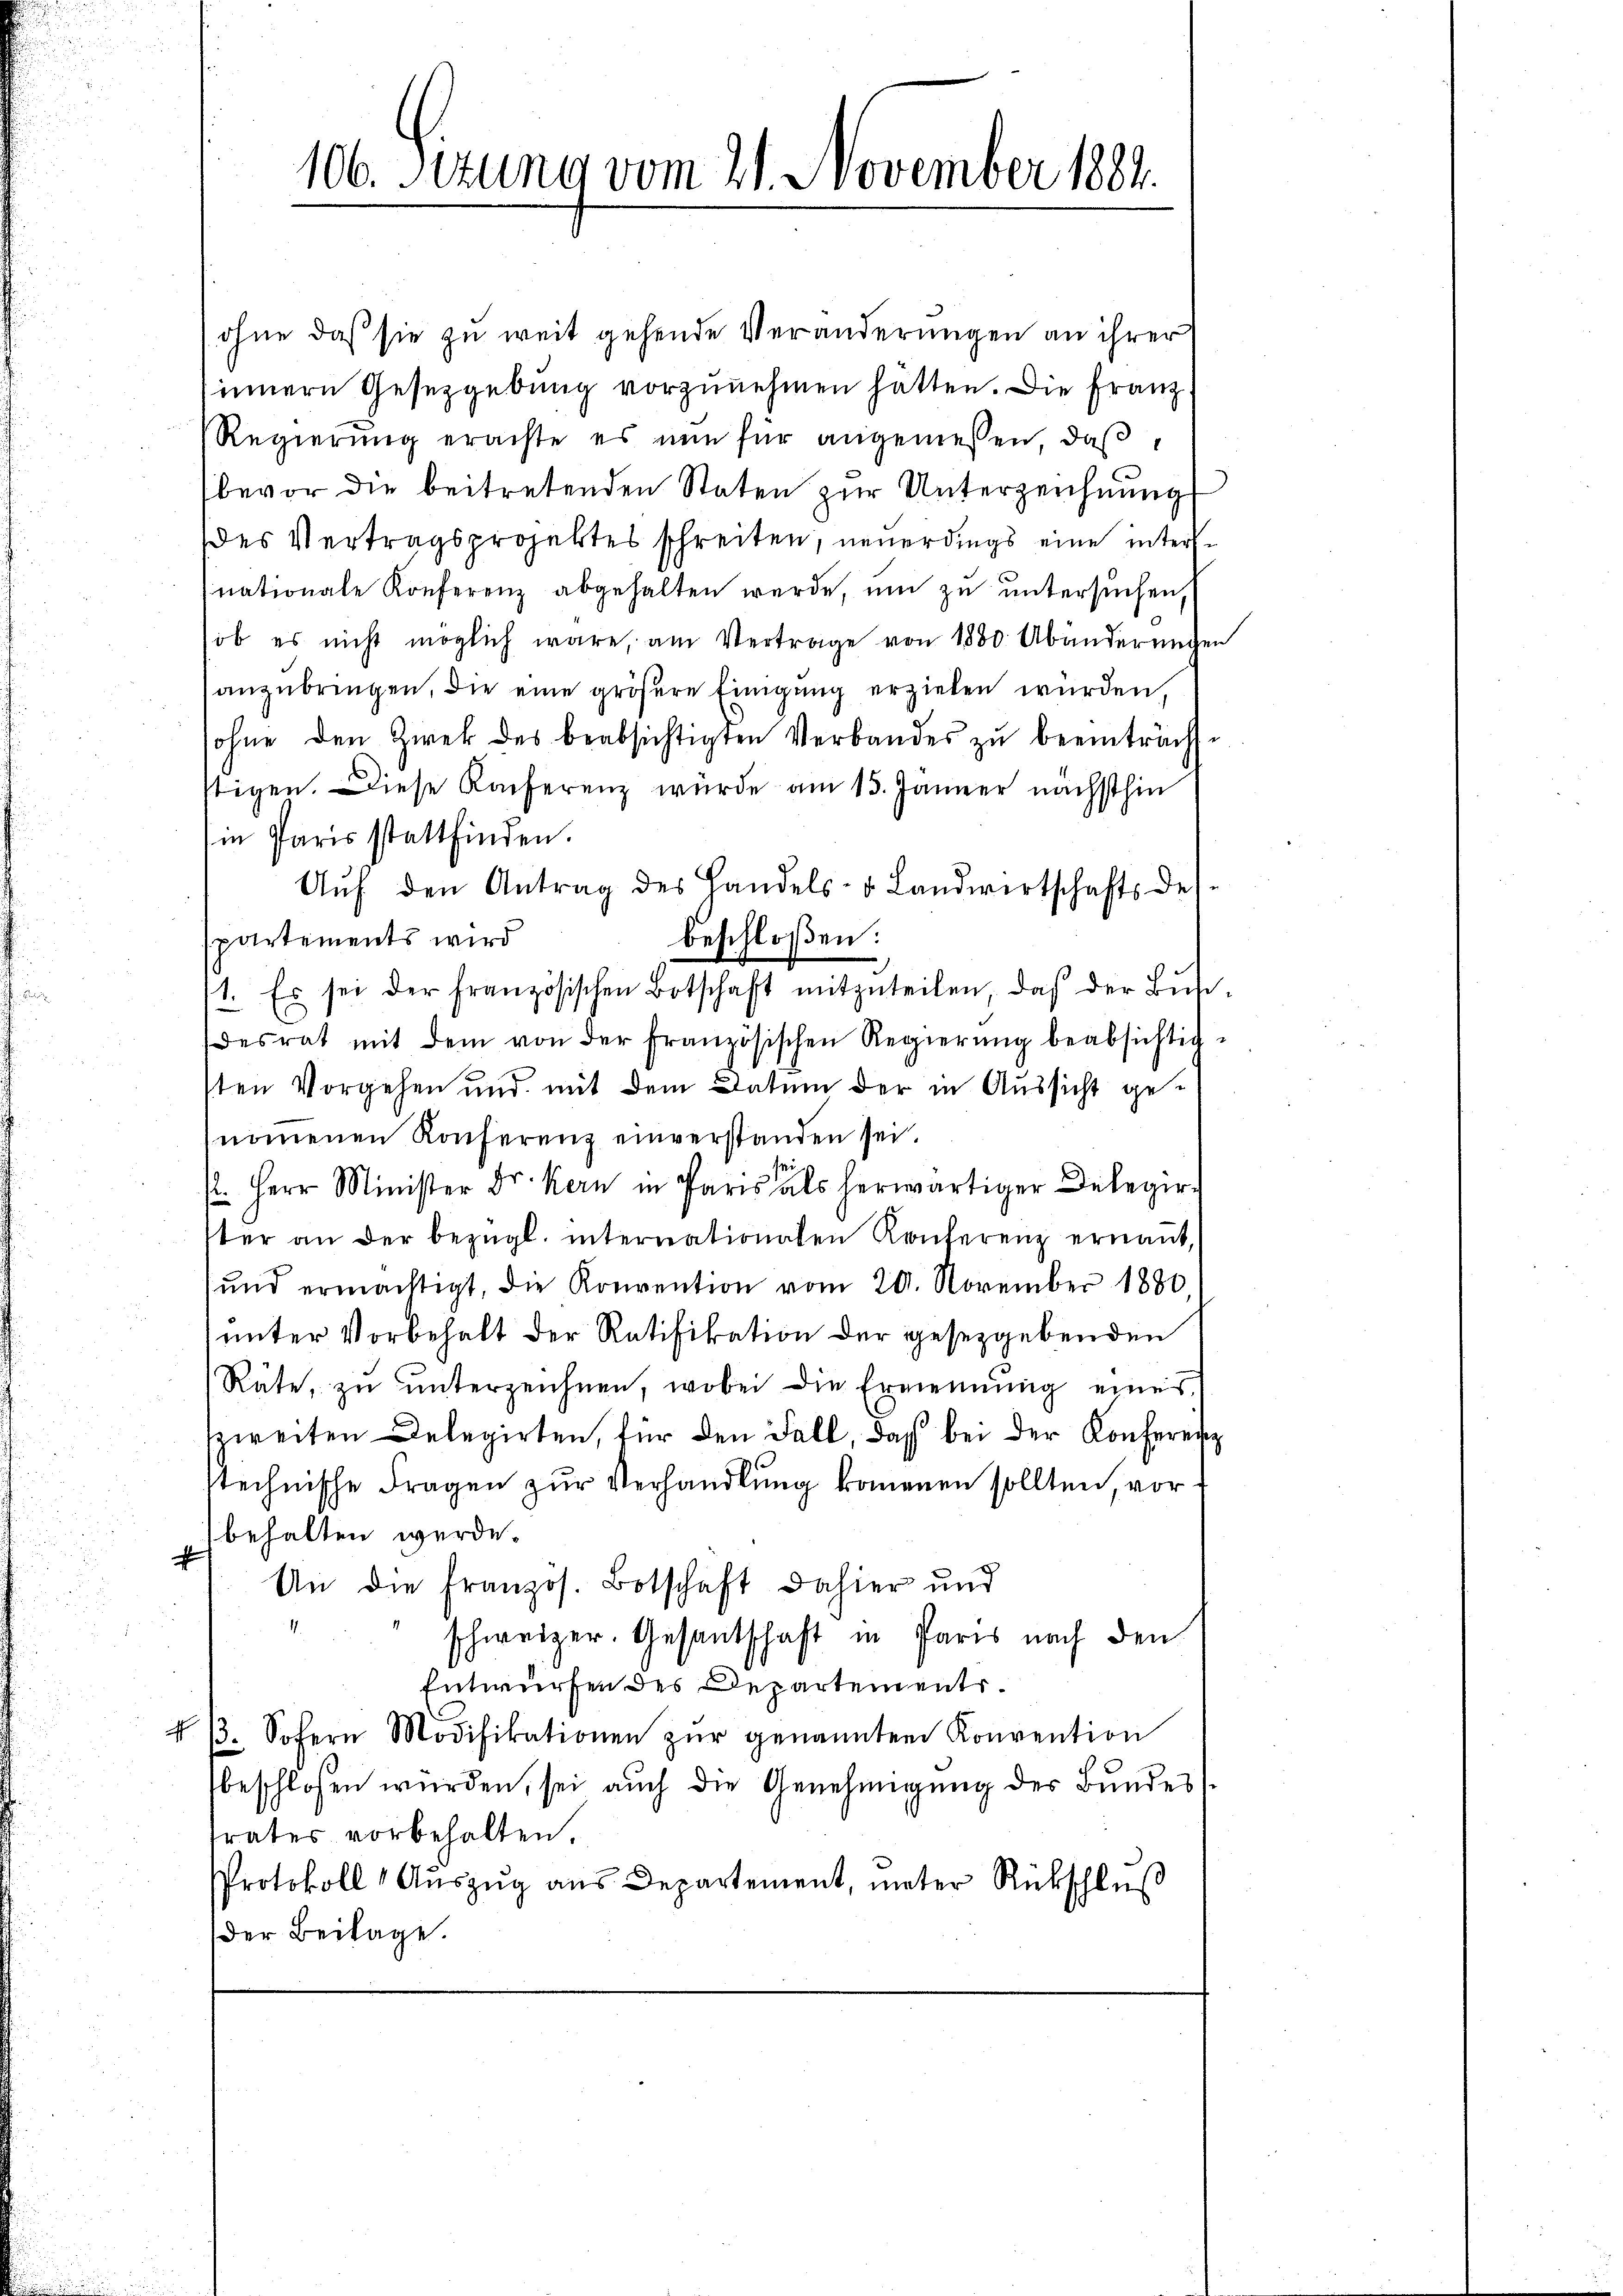
106. Sizung vom 21. November 1884.

ohne daß sie zu weit gehende Veränderungen an ihrer
sinnern Gesetzgebung vorzunehmen hatten. Die Franz
Regierung erachte es nun für angemeßen, daß
bevor die beitretenden Staten zur Unterzeichnung
des Vertragsprojektes schreiten, neuerdings eine internationale Konferenz abgehalten werde, um zu untersuchen,
ob es nicht möglich wäre, am Vertrage von 1880 Abänderungen
anzubringen, die eine größere Einigung erzielen wurden,
ohne den Zirek des beabsichtigten Verbandes zŭ beeinträchtttigen. Diese Konferenz wurde am 13. Jänner nächsthin
in Paris stattfinden.
Aŭf den Antrag des Handels- & Landwirtschafts des
beschloßen:
partements wird
1. Es sei der französischen Botschaft mitzŭteilen, daß der Bŭde-
desrat mit dem von der französischen Regierŭng beabsichtig-
sten Vorgehen und mit dem Datum der in Aussicht genommenen Konferenz einverstanden sei.
P. Herr Minister Dr. Kern in Paris als herwärtiger Delegir
ter an der bezügl. internationalen Konferenz ernannt,
und ermächtigt, die Konvention vom 20. November 1880
unter Vorbehalt der Ratifikation der gesetzgebenden
Räte, zu unterzeichnen, wobei die Ernennung eines
zweiten Delegirten, für den Fall, daß bei der Konferenz
stechnische Fragen zur Verhandlung kommenen sollten vorbehalten werde.
An die Französ. Botschaft dahier und
schweizer. Gesandschaft in Paris nach den
Entwurfen des Departements.
43. Sofern Modifikationen zŭr genannten Konvention
beschlossen würden, sei aŭch die Genehmigŭng des Bundes
trates vorbehalten.
Protokoll Auszug aus Departement, unter Rückschluß
der Beilage.